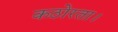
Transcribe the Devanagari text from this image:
कठोरता।